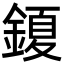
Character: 𮢩